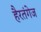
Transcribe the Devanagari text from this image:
हैरतंगेज